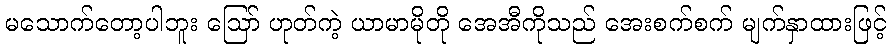
မသောက်တော့ပါဘူး ဪ ဟုတ်ကဲ့ ယာမာမိုတို အေအီကိုသည် အေးစက်စက် မျက်နှာထားဖြင့်